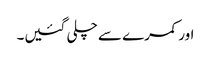
اور کمرے سے چلی گئیں۔